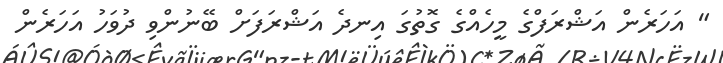
" އަހަރެން އަޝްރަފްގެ މީހެއްގެ ގޮތުގަ އިނދެ އަޝްރަފަށް ބޭނުންވި ދުވަހު އަހަރެން